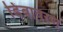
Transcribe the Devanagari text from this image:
डिंबावरण